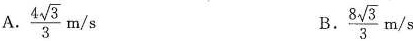
A. \frac{4 \sqrt{3}}{3}m/s B.8 \frac{8 \sqrt{3}}{3}m/s